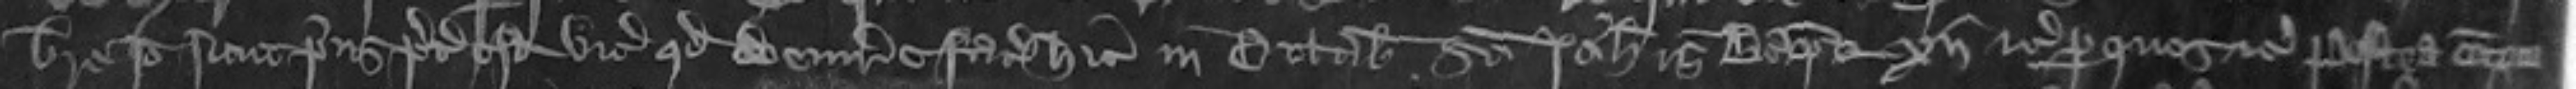
breve Ideo sicut prius preceptum est vicecomiti quod venire faciat hic in octabis Sancti Johannis Baptiste xij etc per quos etc Postea continu